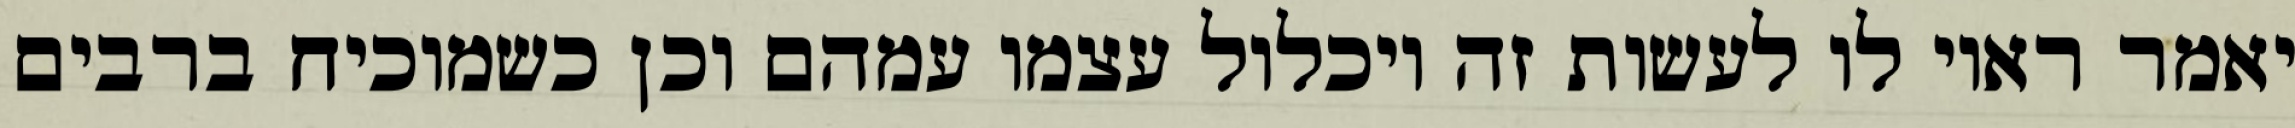
יאמר ראוי לו לעשות זה ויכלול עצמו עמהם וכן כשמוכיח ברבים